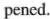
pened.